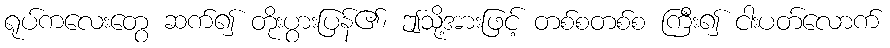
ရုပ်ကလေးတွေ ဆက်၍ တိုးပွားပြန်၏၊ ဤသို့အားဖြင့် တစ်စတစ်စ ကြီး၍ ငါးပတ်လောက်